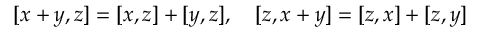
[ x + y , z ] = [ x , z ] + [ y , z ] , \quad [ z , x + y ] = [ z , x ] + [ z , y ]